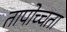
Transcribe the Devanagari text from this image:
तापोच्चता